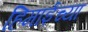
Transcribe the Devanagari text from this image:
हिमाईच्या